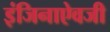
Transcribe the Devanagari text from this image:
इंजिनाऐवजी